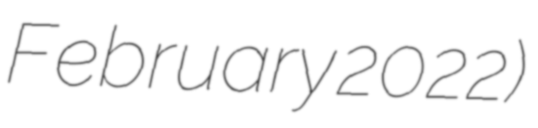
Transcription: February 2022)